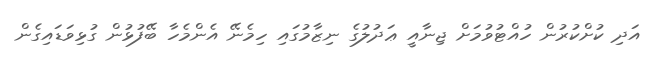
އަދި ކުށްކުރުން ހުއްޓުވުމަށް ޖިނާއީ ޢަދުލުގެ ނިޒާމުގައި ހިމެނޭ އެންމެހާ ބޭފުޅުން ގުޅިވަޑައިގެން